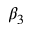
\beta _ { 3 }